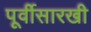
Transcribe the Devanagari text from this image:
पूर्वीसारखी